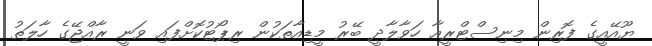
ޔޫއޭއީގެ ފޮރިން މިނިސްޓްރީއާ ހަވާލާދީ ބޭރު މީޑިއާތަކުން ރިޕޯޓުކޮށްފައި ވަނީ ރާއްޖޭގެ ހާލަތު